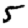
Digit: 5